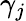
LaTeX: \gamma_{j}